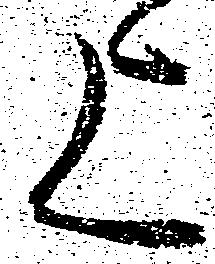
上